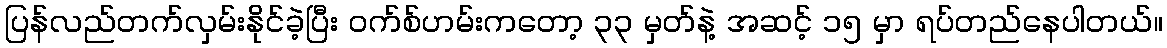
ပြန်လည်တက်လှမ်းနိုင်ခဲ့ပြီး ဝက်စ်ဟမ်းကတော့ ၃၃ မှတ်နဲ့ အဆင့် ၁၅ မှာ ရပ်တည်နေပါတယ်။